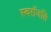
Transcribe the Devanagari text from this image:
स्वराँजलि